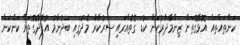
ކަންތައްތައް އޮޅޭގޮތަށް ޒިންމާދާރުކަން ކުޑަ ގޮތެއްގައި ސަރުކާރާ މެދުގައި ބަދުނާމު އުފެދޭގޮތަށް ކަންކަން